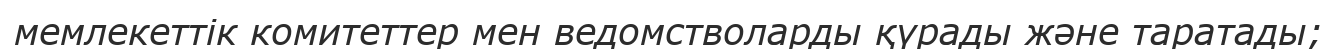
мемлекеттік комитеттер мен ведомстволарды қүрады және таратады;